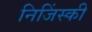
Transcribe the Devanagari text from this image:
निजिंस्की